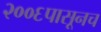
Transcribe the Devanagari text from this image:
२००६पासूनच